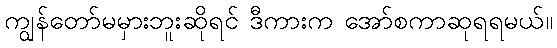
ကျွန်တော်မမှားဘူးဆိုရင် ဒီကားက အော်စကာဆုရရမယ်။